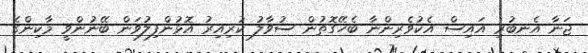
ޖަނާ އެނބުރި އައިސް އެކުވެރިންނާ ބެހޭގޮތުން ސުވާލު ކުރިއިރު އޮޅުންފިލުވަން ބޭނުންވީ މާކިންގެ